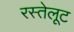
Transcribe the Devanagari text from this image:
रस्तेलूट